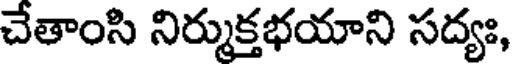
చేతాంసి నిర్ముక్తభయాని సద్యః,